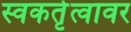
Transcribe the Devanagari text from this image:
स्वकर्तृत्वावर